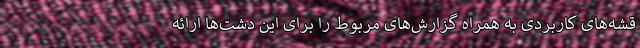
قشه‌های کاربردی به همراه گزارش‌های مربوط را برای این دشت‌ها ارائه